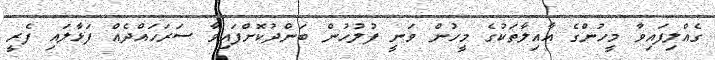
ގެއްލިފައިވާ މީހުންގެ އާއިލާތަކުގެ މީހުން ވަނީ ފުލުހުން ބަންދުކޮށްފައިވާ ސަރަހައްދެއް ފަޅާލައި ފެރީ